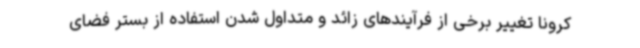
کرونا تغییر برخی از فرآیندهای زائد و متداول شدن استفاده از بستر فضای